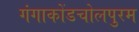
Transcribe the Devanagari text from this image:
गंगाकोंडचोलपुरम